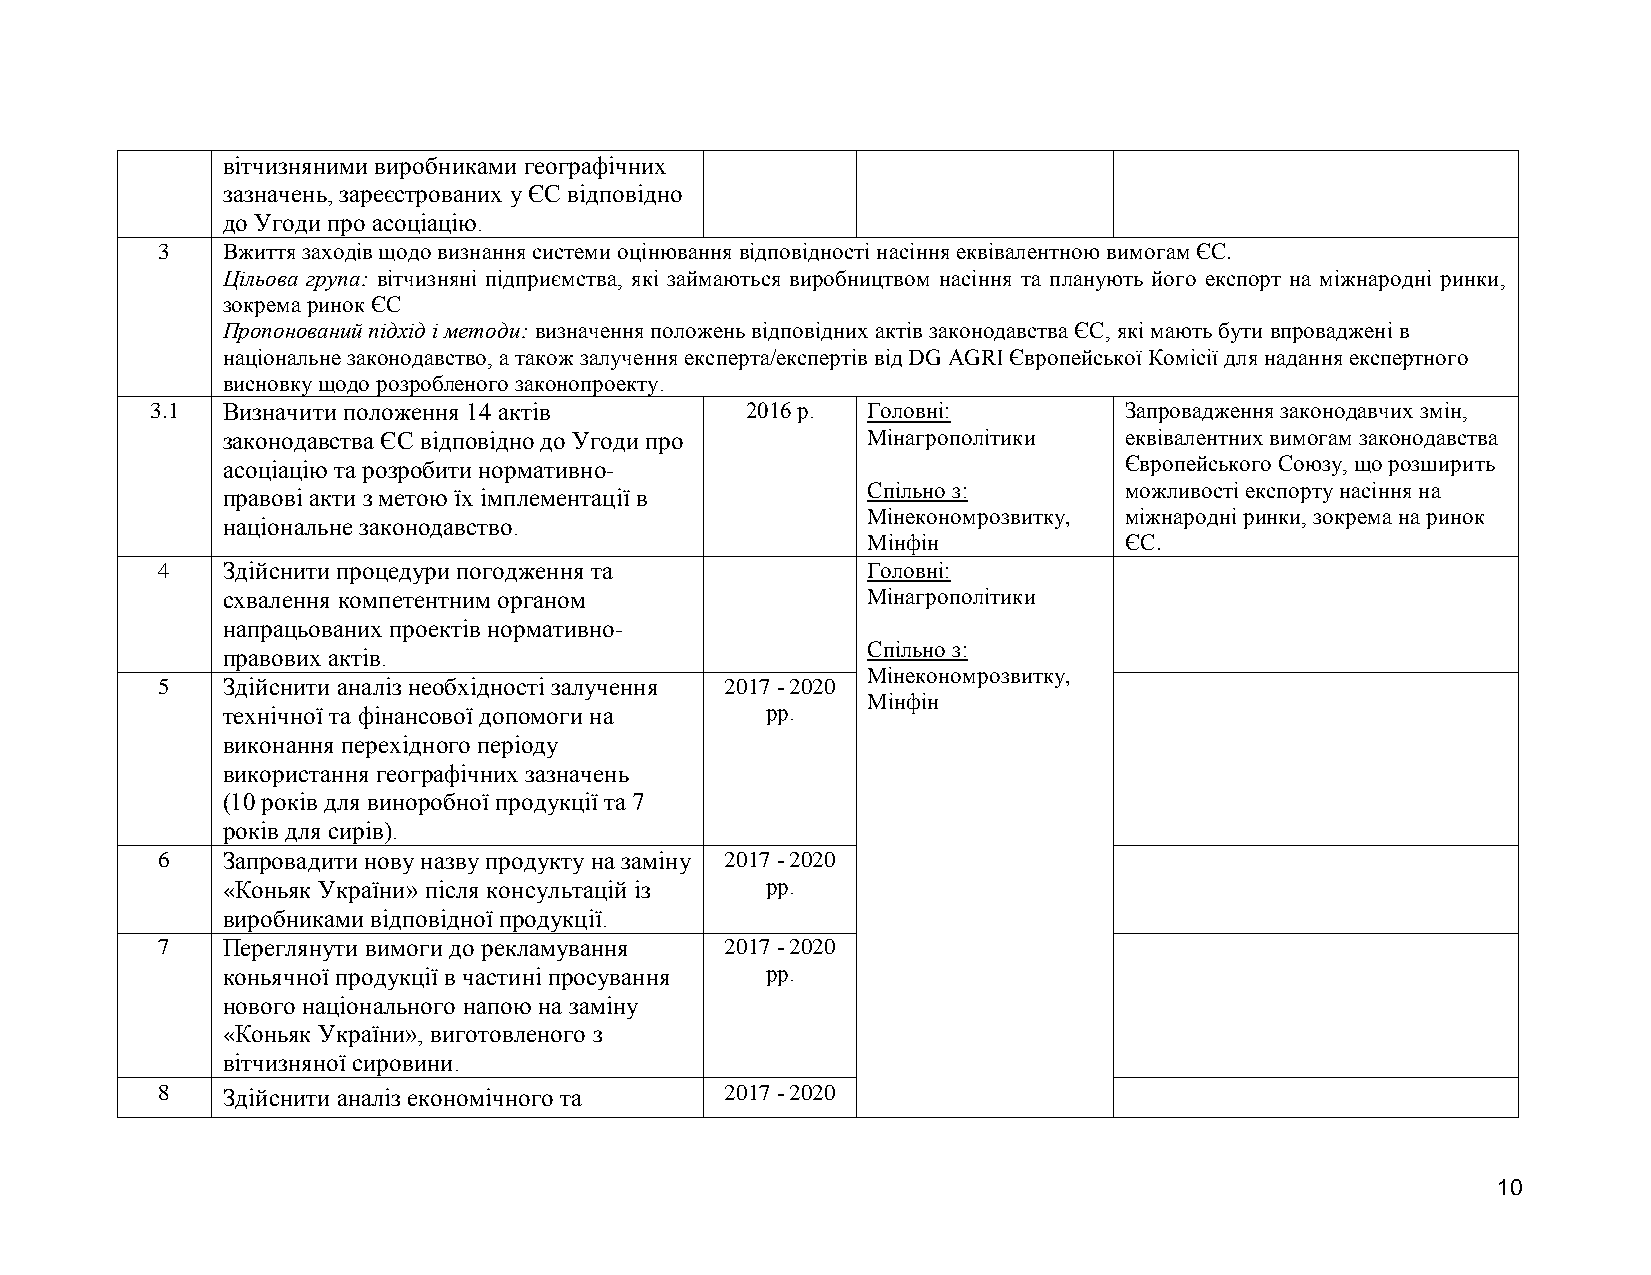
вітчизняними виробниками географічних
 зазначень, зареєстрованих у ЄС відповідно
 до Угоди про асоціацію.
 3    Вжиття заходів щодо визнання системи оцінювання відповідності насіння еквівалентною вимогам ЄС.
 Цільова група: вітчизняні підприємства, які займаються виробництвом насіння та планують його експорт на міжнародні ринки,
 зокрема ринок ЄС
 Пропонований підхід і методи: визначення положень відповідних актів законодавства ЄС, які мають бути впроваджені в
 національне законодавство, а також залучення експерта/експертів від DG AGRI Європейської Комісії для надання експертного
 висновку щодо розробленого законопроекту.
 3.1  Визначити положення 14 актів      2016 р. Головні:         Запровадження законодавчих змін,
 законодавства ЄС відповідно до Угоди про  Мінагрополітики  еквівалентних вимогам законодавства
 асоціацію та розробити нормативно-                         Європейського Союзу, що розширить
 Спільно з:       можливості експорту насіння на
 правові акти з метою їх імплементації в
 Мінекономрозвитку, міжнародні ринки, зокрема на ринок
 національне законодавство.
 Мінфін           ЄС.
 4    Здійснити процедури погодження та         Головні:
 схвалення компетентним органом            Мінагрополітики
 напрацьованих проектів нормативно-
 Спільно з:
 правових актів.
 Мінекономрозвитку,
 5    Здійснити аналіз необхідності залучення 2017 - 2020
 Мінфін
 технічної та фінансової допомоги на рр.
 виконання перехідного періоду
 використання географічних зазначень
 (10 років для виноробної продукції та 7
 років для сирів).
 6    Запровадити нову назву продукту на заміну 2017 - 2020
 «Коньяк України» після консультацій із рр.
 виробниками відповідної продукції.
 7    Переглянути вимоги до рекламування 2017 - 2020
 коньячної продукції в частині просування рр.
 нового національного напою на заміну
 «Коньяк України», виготовленого з
 вітчизняної сировини.
 8    Здійснити аналіз економічного та 2017 - 2020
 10